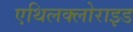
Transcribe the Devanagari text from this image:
एथिलक्लोराइड